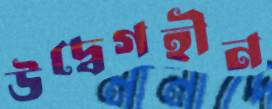
উদ্বেগহীন